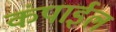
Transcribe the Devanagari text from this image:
कंपाईल